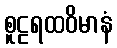
စူဠရထဝိမာနံ